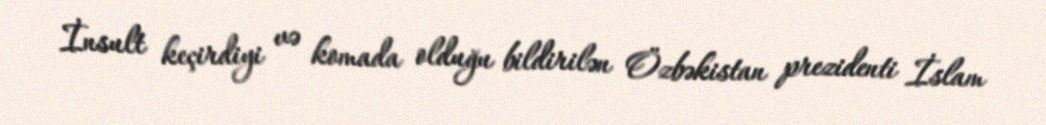
İnsult keçirdiyi və komada olduğu bildirilən Özbəkistan prezidenti İslam